Medical and sanitary report of the native army of Bengal for the year
Year: 1876
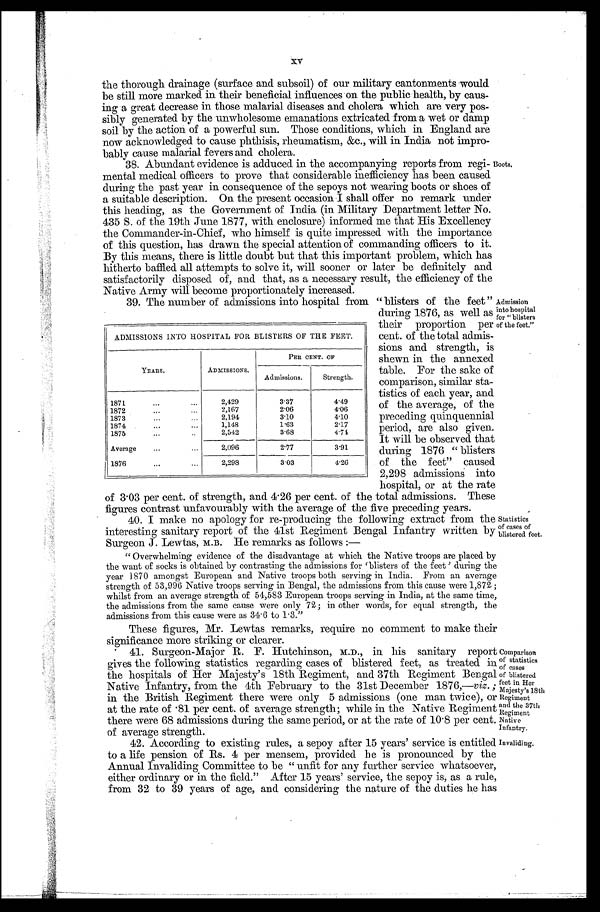
Comparison
of statistics
of cas es
of blistered
feet in Her
Majesty's 18t
h Regiment
and the 37th
Regiment
Native
Infantry.
Invaliding.
Boots,
Admission
into hospital
for "blisters
of the feet."
xv
the thorough drainage (surface and subsoil) of our military cantonments would
be still more marked in their beneficial influences on. the public health, by caus
-ing a great decrease in those malarial diseases and cholera which are very pos
-sibly generated by the unwholesome emanations extricated from a wet or damp
soil by the action of a powerful sun. Those conditions, which in England are
now acknowledged to cause phthisis, rheumatism, &c., will in India not impro
-bably cause malarial fevers and cholera
38. Abundant evidence is adduced in the accompanying reports from regi
-mental medical officers to prove that considerable inefficiency has been caused
during the past year in consequence of the sepoys not wearing boots or shoes of
a suitable description. On the present occasion I shall offer no remark under
this heading, as the Government of India (in Military Department letter No.
435 S. of the 19th June 1877, with enclosure) informed me that His Excellency
the Commander-in-Chief, who himself is quite impressed with the importance
of this question, has drawn the special attention of commanding officers to it.
By this means, there is little doubt but that this important problem, which has
hitherto baffled all attempts to solve it, will sooner or later be definitely and
satisfactorily disposed of, and that, as a necessary result, the efficiency of the
Native Army will become proportionately increased.
39. The number of admissions into hospital from "blisters of the feet"
during 1876, as well as
their proportion per
cent. of the total admis
-sions and strength, is
shown in the annexed
table. For the sake of
comparison, similar sta
-tistics of each year, and
of the average, of the
preceding quinquennial
period, are also given.
It will be observed that
during 1876 "blisters
of the feet" caused
2,298 admissions into
hospital, or at the rate
of 3.03 per cent. of strength, and 4.26 per cent. of the total admissions. These
figures contrast unfavourably with the average of the five preceding years.
40. I make no apology for re-producing the following extract from the
interesting sanitary report of the 41st Regiment Bengal Infantry written by
Surgeon J. Lewtas, M.B. He remarks as follows:
—
"Overwhelming evidence of the disadvantage at which the Native troops are placed by
the want of socks is obtained by contrasting the admissions for 'blisters of the feet' during the
y e a r 1 8 7 0 a m o n g s t E u r o p e a n a n d N a t i v e t r o o p s b o t h s e r v i n g i n I n d i a . F r o m a n a v e r a g e
strength of 53,996 Native troops serving in Bengal, the admissions from this cause were 1,872;
whilst from an average strength of 54,583 European troops serving in India, at the same time,
the admissions from the same cause were only 72; in other words, for equal strength, the
admissions from this cause were as 34.6 to 1.3."
These figures, Mr. Lewtas remarks, require no comment to make their
significance more striking or clearer.
41. Surgeon-Major R. F. Hutchinson, M.D., in his sanitary report
gives the following statistics regarding cases of blistered feet, as treated in
the hospitals of Her Majesty's 18th Regiment, and 37th Regiment Bengal
Native Infantry, from the 4th February to the 31st December 1876,— viz.;
in the British Regiment there were only 5 admissions (one man twice), or
at the rate of .81 per cent. of average strength; while in the Native Regiment
there were 68 admissions during the same period, or at the rate of 10.8 per cent.
of average strength.
42. According to existing rules, a sepoy after 15 years' service is entitled
to a life pension of Rs. 4 per mensem, provided be is pronounced by the
Annual Invaliding Committee to be "unfit for any further service whatsoever,
either ordinary or in the field." After 15 years' service, the sepoy is, as a rule,
from 32 to 39 years of age, and considering the nature of the duties he has
ADMISSIONS INTO HOSPITAL FOR BLISTERS OF THE FEET.
YEARS.
ADMISSIONS.
PER CENT. OF
Admissions,
Strength.
1871
2,429
3.37
4 . 4 9
1872
2,167
2.06
4 . 0 6
1873
2,194
3.10
4 . 1 0
1874
1,148
1.63
2.17
1875
2,542
3.68
4 . 7 4
Average
2,096
2.77
3 . 9 1
1876
2 , 2 9 8
3.03
4 . 2 6
Statistics
of cases of
blistered feet